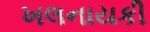
ખલનાયકી